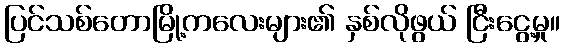
ပြင်သစ်တောမြို့ကလေးများ၏ နှစ်လိုဖွယ် ငြီးငွေ့မှု။